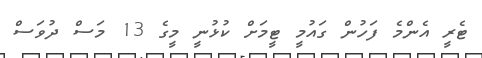
ޓެރީ އެންމެ ފަހުން ގައުމީ ޓީމަށް ކުޅުނީ މީގެ 13 މަސް ދުވަސް